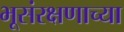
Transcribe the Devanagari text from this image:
भूसंरक्षणाच्या